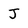
Character: J